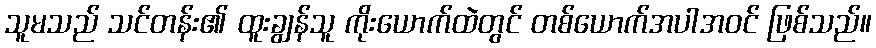
သူမသည် သင်တန်း၏ ထူးချွန်သူ ကိုးယောက်ထဲတွင် တစ်ယောက်အပါအဝင် ဖြစ်သည်။